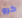
كرو